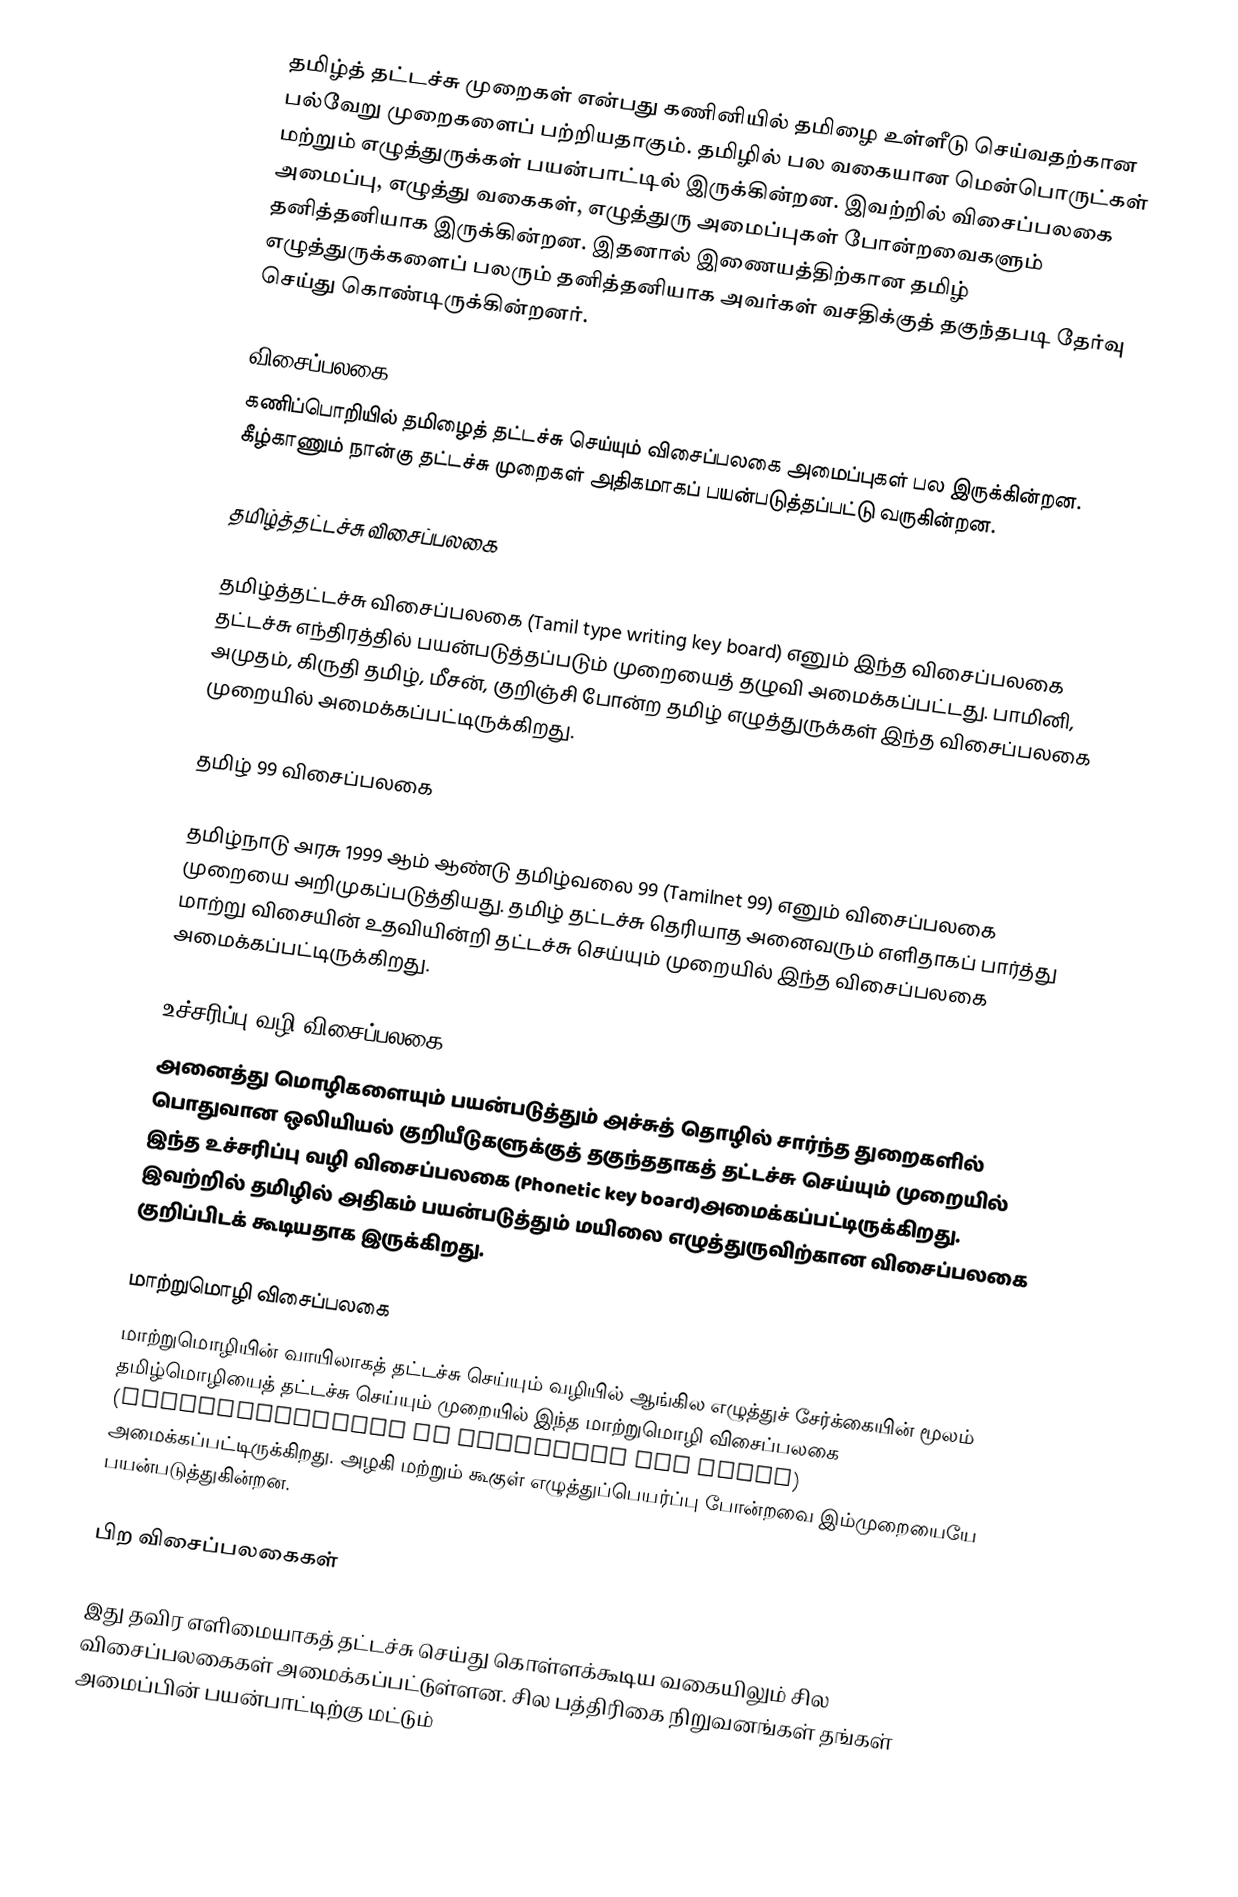
தமிழ்த் தட்டச்சு முறைகள் என்பது கணினியில் தமிழை உள்ளீடு செய்வதற்கான பல்வேறு முறைகளைப் பற்றியதாகும். தமிழில் பல வகையான மென்பொருட்கள் மற்றும் எழுத்துருக்கள் பயன்பாட்டில் இருக்கின்றன. இவற்றில் விசைப்பலகை அமைப்பு, எழுத்து வகைகள், எழுத்துரு அமைப்புகள் போன்றவைகளும் தனித்தனியாக இருக்கின்றன. இதனால் இணையத்திற்கான தமிழ் எழுத்துருக்களைப் பலரும் தனித்தனியாக அவர்கள் வசதிக்குத் தகுந்தபடி தேர்வு செய்து கொண்டிருக்கின்றனர்.

விசைப்பலகை
கணிப்பொறியில் தமிழைத் தட்டச்சு செய்யும் விசைப்பலகை அமைப்புகள் பல இருக்கின்றன. கீழ்காணும் நான்கு தட்டச்சு முறைகள் அதிகமாகப் பயன்படுத்தப்பட்டு வருகின்றன.

தமிழ்த்தட்டச்சு விசைப்பலகை

தமிழ்த்தட்டச்சு விசைப்பலகை (Tamil type writing key board) எனும் இந்த விசைப்பலகை தட்டச்சு எந்திரத்தில் பயன்படுத்தப்படும் முறையைத் தழுவி அமைக்கப்பட்டது. பாமினி, அமுதம், கிருதி தமிழ், மீசன், குறிஞ்சி போன்ற தமிழ் எழுத்துருக்கள் இந்த விசைப்பலகை முறையில் அமைக்கப்பட்டிருக்கிறது.

தமிழ் 99 விசைப்பலகை

தமிழ்நாடு அரசு 1999 ஆம் ஆண்டு தமிழ்வலை 99 (Tamilnet 99) எனும் விசைப்பலகை முறையை அறிமுகப்படுத்தியது. தமிழ் தட்டச்சு தெரியாத அனைவரும் எளிதாகப் பார்த்து மாற்று விசையின் உதவியின்றி தட்டச்சு செய்யும் முறையில் இந்த விசைப்பலகை அமைக்கப்பட்டிருக்கிறது.

உச்சரிப்பு வழி விசைப்பலகை
அனைத்து மொழிகளையும் பயன்படுத்தும் அச்சுத் தொழில் சார்ந்த துறைகளில் பொதுவான ஒலியியல் குறியீடுகளுக்குத் தகுந்ததாகத் தட்டச்சு செய்யும் முறையில் இந்த உச்சரிப்பு வழி விசைப்பலகை (Phonetic key board)அமைக்கப்பட்டிருக்கிறது. இவற்றில் தமிழில் அதிகம் பயன்படுத்தும் மயிலை எழுத்துருவிற்கான விசைப்பலகை குறிப்பிடக் கூடியதாக இருக்கிறது.

மாற்றுமொழி விசைப்பலகை
மாற்றுமொழியின் வாயிலாகத் தட்டச்சு செய்யும் வழியில் ஆங்கில எழுத்துச் சேர்க்கையின் மூலம் தமிழ்மொழியைத் தட்டச்சு செய்யும் முறையில் இந்த மாற்றுமொழி விசைப்பலகை (Transliteration or Romanised key board) அமைக்கப்பட்டிருக்கிறது.  அழகி மற்றும் கூகுள் எழுத்துப்பெயர்ப்பு போன்றவை இம்முறையையே பயன்படுத்துகின்றன.

பிற விசைப்பலகைகள்

இது தவிர எளிமையாகத் தட்டச்சு செய்து கொள்ளக்கூடிய வகையிலும் சில விசைப்பலகைகள் அமைக்கப்பட்டுள்ளன. சில பத்திரிகை நிறுவனங்கள் தங்கள் அமைப்பின் பயன்பாட்டிற்கு மட்டும்